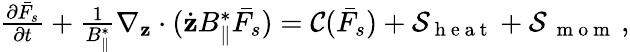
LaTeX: \begin{array}{r}{\frac{\partial\bar{F}_{s}}{\partial t}+\frac{1}{B_{\parallel}^{*}}\nabla_{\textbf{z}}\cdot(\dot{\textbf{z}}B_{\parallel}^{*}\bar{F_{s}})=\mathcal{C}(\bar{F}_{s})+\mathcal{S}_{\mathrm{~h~e~a~t~}}+\mathcal{S}_{\mathrm{~\mathrm{~m~o~m~}~}},}\end{array}